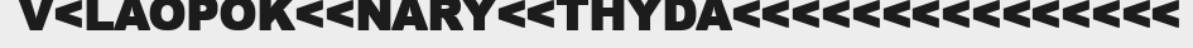
V<LAOPOK<<NARY<<THYDA<<<<<<<<<<<<<<<